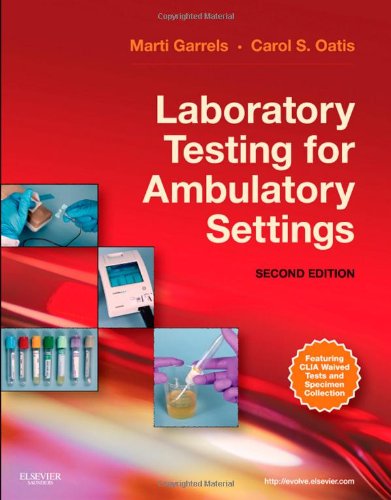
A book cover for Laboratory Testing for Ambulatory Settings: A Guide for Health Care Professionals, 2e; Marti Garrels Marti Garrels  MSA  MT(ASCP)  CMA (AAMA); Science & Math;